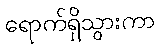
ရောက်ရှိသွားကာ